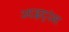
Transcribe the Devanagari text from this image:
आइट्रांस